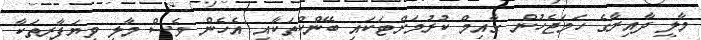
މާލީ ދާއިރާގެ ހަމަޖެހުން ގާއިމް ކުރުމަށްޓަކައި ބޭންކްތަކާއި އެހެން ވެސް މާލީ ވިޔަފާރިތަކާ